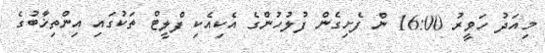
މިއަދު ހަވީރު 16:00 ން ފެށިގެން ފުލުހުންގެ އެކިއެކި ފްލީޓް ތަކުގައި އިންތިޚާބުގެ